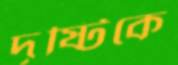
দৃষ্টিকে